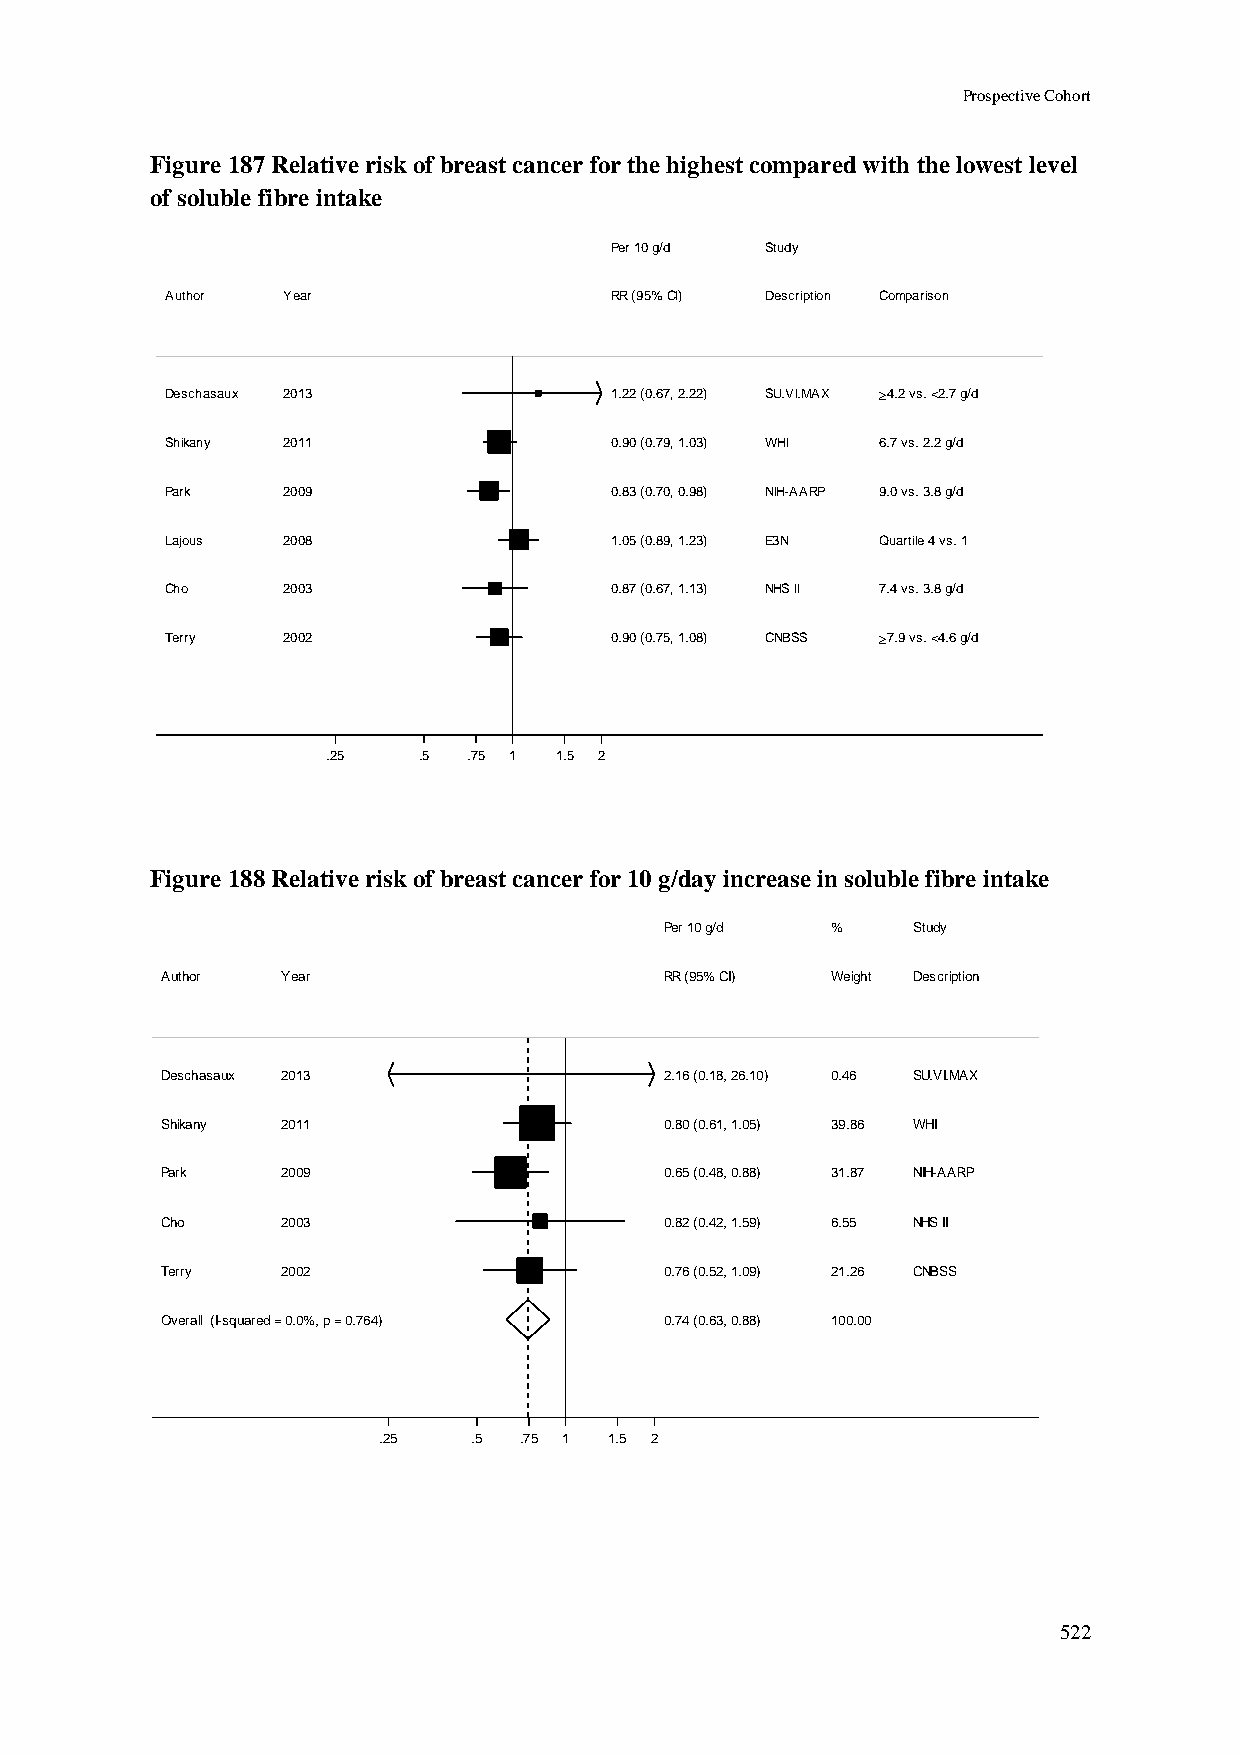
Prospective Cohort
 Figure 187 Relative risk of breast cancer for the highest compared with the lowest level
 of soluble fibre intake
 PPeerr 1100 gg//dd SSttuuddyy
 Author  Year                 RRRR ((9955%% CCII)) DDeessccrriippttiioonn Comparison
 Deschasaux 2013              11..2222 ((00..6677,, 22..2222)) SSUU..VVII..MMAAXX 4.2 vs. <2.7 g/d
 Shikany 2011                 00..9900 ((00..7799,, 11..0033)) WWHHII 6.7 vs. 2.2 g/d
 Park    2009                 00..8833 ((00..7700,, 00..9988)) NNIIHH--AAAARRPP 9.0 vs. 3.8 g/d
 Lajous  2008                 11..0055 ((00..8899,, 11..2233)) EE33NN Quartile 4 vs. 1
 Cho     2003                 00..8877 ((00..6677,, 11..1133)) NNHHSS IIII 7.4 vs. 3.8 g/d
 Terry   2002                 00..9900 ((00..7755,, 11..0088)) CCNNBBSSSS 7.9 vs. <4.6 g/d
 .25   .5 .75 11 1.5 2
 Figure 188 Relative risk of breast cancer for 10 g/day increase in soluble fibre intake
 PPeerr 1100 gg//dd %% Study
 Author  Year                     RRRR ((9955%% CCII)) WWeeiigghhtt Description
 Deschasaux 2013                  22..1166 ((00..1188,, 2266..1100)) 00..4466 SU.VI.MAX
 Shikany 2011                     00..8800 ((00..6611,, 11..0055)) 3399..8866 WHI
 Park    2009                     00..6655 ((00..4488,, 00..8888)) 3311..8877 NIH-AARP
 Cho     2003                     00..8822 ((00..4422,, 11..5599)) 66..5555 NHS II
 Terry   2002                     00..7766 ((00..5522,, 11..0099)) 2211..2266 CNBSS
 Overall (I-squared = 0.0%, p = 0.764) 00..7744 ((00..6633,, 00..8888)) 110000..0000
 .25   .5 .75 11 1.5 2
 522